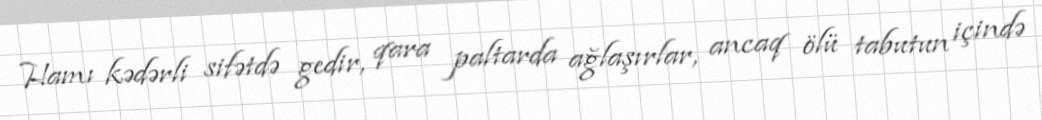
Hamı kədərli sifətdə gedir, qara paltarda ağlaşırlar, ancaq ölü tabutun içində